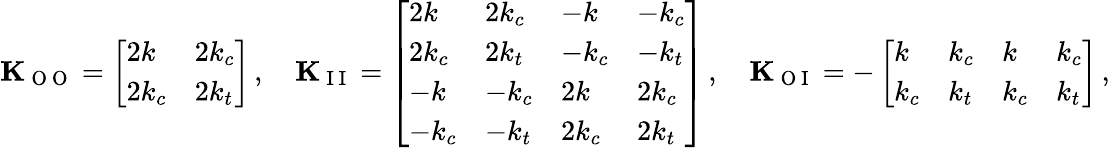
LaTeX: \mathbf{K}_{\mathrm{~O~O~}}=\left[\begin{array}{ll}{2k}&{2k_{c}}\\ {2k_{c}}&{2k_{t}}\end{array}\right]\, ,\quad\mathbf{K}_{\mathrm{~I~I~}}=\left[\begin{array}{llll}{2k}&{2k_{c}}&{-k}&{-k_{c}}\\ {2k_{c}}&{2k_{t}}&{-k_{c}}&{-k_{t}}\\ {-k}&{-k_{c}}&{2k}&{2k_{c}}\\ {-k_{c}}&{-k_{t}}&{2k_{c}}&{2k_{t}}\end{array}\right]\, ,\quad\mathbf{K}_{\mathrm{~O~I~}}=-\left[\begin{array}{llll}{k}&{k_{c}}&{k}&{k_{c}}\\ {k_{c}}&{k_{t}}&{k_{c}}&{k_{t}}\end{array}\right]\, ,